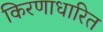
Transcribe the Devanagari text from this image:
किरणाधारित